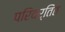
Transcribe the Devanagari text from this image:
परिवर्तिंत